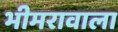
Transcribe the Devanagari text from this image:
भीमरावाला